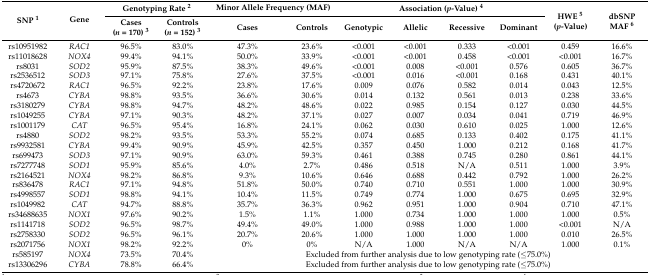
<table><thead><tr><td rowspan="2"><b>SNP <sup>1</sup></b></td><td rowspan="2"><b>Gene</b></td><td colspan="2"><b>Genotyping Rate <sup>2</sup></b></td><td colspan="2"><b>Minor Allele Frequency (MAF)</b></td><td colspan="4"><b>Association (<i>p</i>-Value) <sup>4</sup></b></td><td rowspan="2"><b>HWE <sup>5</sup> (<i>p</i>-Value)</b></td><td rowspan="2"><b>dbSNP MAF <sup>6</sup></b></td></tr><tr><td><b>Cases (<i>n</i> = 170) <sup>3</sup></b></td><td><b>Controls (<i>n</i> = 152) <sup>3</sup></b></td><td><b>Cases</b></td><td><b>Controls</b></td><td><b>Genotypic</b></td><td><b>Allelic</b></td><td><b>Recessive</b></td><td><b>Dominant</b></td></tr></thead><tbody><tr><td>rs10951982</td><td><i>RAC1</i></td><td>96.5%</td><td>83.0%</td><td>47.3%</td><td>23.6%</td><td>&lt;0.001</td><td>&lt;0.001</td><td>0.333</td><td>&lt;0.001</td><td>0.459</td><td>16.6%</td></tr><tr><td>rs11018628</td><td><i>NOX4</i></td><td>99.4%</td><td>94.1%</td><td>50.0%</td><td>33.9%</td><td>&lt;0.001</td><td>&lt;0.001</td><td>0.458</td><td>&lt;0.001</td><td>&lt;0.001</td><td>16.7%</td></tr><tr><td>rs8031</td><td><i>SOD2</i></td><td>95.9%</td><td>87.5%</td><td>38.3%</td><td>49.6%</td><td>&lt;0.001</td><td>0.008</td><td>&lt;0.001</td><td>0.576</td><td>0.605</td><td>36.7%</td></tr><tr><td>rs2536512</td><td><i>SOD3</i></td><td>97.1%</td><td>75.8%</td><td>27.6%</td><td>37.5%</td><td>&lt;0.001</td><td>0.016</td><td>&lt;0.001</td><td>0.168</td><td>0.431</td><td>40.1%</td></tr><tr><td>rs4720672</td><td><i>RAC1</i></td><td>96.5%</td><td>92.2%</td><td>23.8%</td><td>17.6%</td><td>0.009</td><td>0.076</td><td>0.582</td><td>0.014</td><td>0.043</td><td>12.5%</td></tr><tr><td>rs4673</td><td><i>CYBA</i></td><td>98.8%</td><td>93.5%</td><td>36.6%</td><td>30.6%</td><td>0.014</td><td>0.132</td><td>0.561</td><td>0.013</td><td>0.238</td><td>33.6%</td></tr><tr><td>rs3180279</td><td><i>CYBA</i></td><td>98.8%</td><td>94.7%</td><td>48.2%</td><td>48.6%</td><td>0.022</td><td>0.985</td><td>0.154</td><td>0.127</td><td>0.030</td><td>44.5%</td></tr><tr><td>rs1049255</td><td><i>CYBA</i></td><td>97.1%</td><td>90.3%</td><td>48.2%</td><td>37.1%</td><td>0.027</td><td>0.007</td><td>0.034</td><td>0.041</td><td>0.719</td><td>46.9%</td></tr><tr><td>rs1001179</td><td><i>CAT</i></td><td>96.5%</td><td>95.4%</td><td>16.8%</td><td>24.1%</td><td>0.062</td><td>0.030</td><td>0.610</td><td>0.025</td><td>1.000</td><td>12.6%</td></tr><tr><td>rs4880</td><td><i>SOD2</i></td><td>98.2%</td><td>93.5%</td><td>53.3%</td><td>55.2%</td><td>0.074</td><td>0.685</td><td>0.133</td><td>0.402</td><td>0.175</td><td>41.1%</td></tr><tr><td>rs9932581</td><td><i>CYBA</i></td><td>99.4%</td><td>90.9%</td><td>45.9%</td><td>42.5%</td><td>0.357</td><td>0.450</td><td>1.000</td><td>0.212</td><td>0.168</td><td>41.7%</td></tr><tr><td>rs699473</td><td><i>SOD3</i></td><td>97.1%</td><td>90.9%</td><td>63.0%</td><td>59.3%</td><td>0.461</td><td>0.388</td><td>0.745</td><td>0.280</td><td>0.861</td><td>44.1%</td></tr><tr><td>rs7277748</td><td><i>SOD1</i></td><td>95.9%</td><td>85.6%</td><td>4.0%</td><td>2.7%</td><td>0.486</td><td>0.518</td><td>N/A</td><td>0.511</td><td>1.000</td><td>3.9%</td></tr><tr><td>rs2164521</td><td><i>NOX4</i></td><td>98.2%</td><td>86.8%</td><td>9.3%</td><td>10.6%</td><td>0.646</td><td>0.688</td><td>0.442</td><td>0.792</td><td>1.000</td><td>26.2%</td></tr><tr><td>rs836478</td><td><i>RAC1</i></td><td>97.1%</td><td>94.8%</td><td>51.8%</td><td>50.0%</td><td>0.740</td><td>0.710</td><td>0.551</td><td>1.000</td><td>1.000</td><td>30.9%</td></tr><tr><td>rs4998557</td><td><i>SOD1</i></td><td>98.8%</td><td>94.1%</td><td>10.4%</td><td>11.5%</td><td>0.749</td><td>0.774</td><td>1.000</td><td>0.675</td><td>0.695</td><td>32.9%</td></tr><tr><td>rs1049982</td><td><i>CAT</i></td><td>94.7%</td><td>88.8%</td><td>35.7%</td><td>36.3%</td><td>0.962</td><td>0.951</td><td>1.000</td><td>0.904</td><td>0.710</td><td>47.1%</td></tr><tr><td>rs34688635</td><td><i>NOX1</i></td><td>97.6%</td><td>90.2%</td><td>1.5%</td><td>1.1%</td><td>1.000</td><td>0.734</td><td>1.000</td><td>1.000</td><td>1.000</td><td>0.5%</td></tr><tr><td>rs1141718</td><td><i>SOD2</i></td><td>96.5%</td><td>98.7%</td><td>49.4%</td><td>49.0%</td><td>1.000</td><td>0.988</td><td>1.000</td><td>1.000</td><td>&lt;0.001</td><td>N/A</td></tr><tr><td>rs2758330</td><td><i>SOD2</i></td><td>96.5%</td><td>96.1%</td><td>20.7%</td><td>20.6%</td><td>1.000</td><td>1.000</td><td>1.000</td><td>1.000</td><td>0.010</td><td>26.5%</td></tr><tr><td>rs2071756</td><td><i>NOX1</i></td><td>98.2%</td><td>92.2%</td><td>0%</td><td>0%</td><td>N/A</td><td>1.000</td><td>N/A</td><td>N/A</td><td>1.000</td><td>0.1%</td></tr><tr><td>rs585197</td><td><i>NOX4</i></td><td>73.5%</td><td>70.4%</td><td colspan="8">Excluded from further analysis due to low genotyping rate (≤75.0%)</td></tr><tr><td>rs13306296</td><td><i>CYBA</i></td><td>78.8%</td><td>66.4%</td><td colspan="8">Excluded from further analysis due to low genotyping rate (≤75.0%)</td></tr></tbody></table>